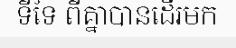
ទីទៃ ពីគ្នាបានដើរមក